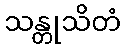
သန္တုသိတံ